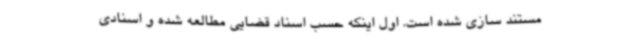
مستند سازی شده است. اول اینکه حسب اسناد قضایی مطالعه شده و اسنادی